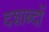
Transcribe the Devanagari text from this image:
दशाब्दों